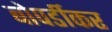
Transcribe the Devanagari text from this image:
बोपर्डीकर